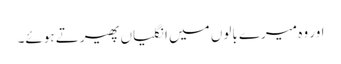
اور وہ میرے بالوں میں انگلیاں پھیرتے ہوئے۔